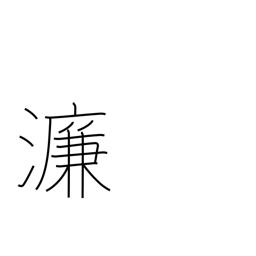
Meaning: name of Chinese river